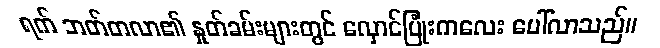
ရက် ဘတ်တလာ၏ နှုတ်ခမ်းများတွင် လှောင်ပြုံးကလေး ပေါ်လာသည်။